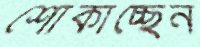
শোঁকাচ্ছেন